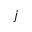
j